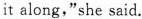
it along,"she said.